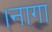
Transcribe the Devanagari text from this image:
।नागा